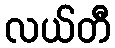
လယ်တီ